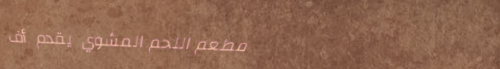
مطعم اللحم المشوي يقدم أف